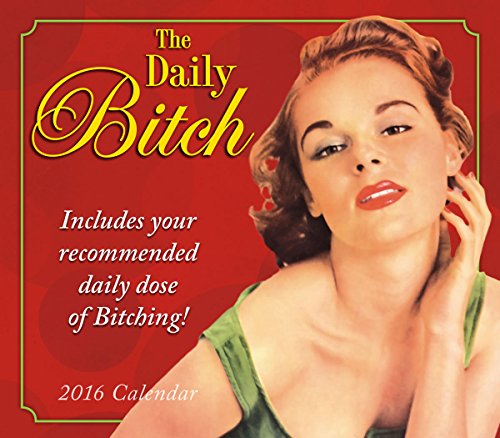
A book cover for Daily Bitch 2016 Boxed/Daily Calendar; Ed/Ephemera Polish; Calendars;